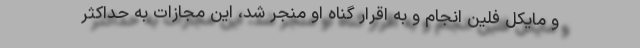
و مایکل فلین انجام و به اقرار گناه او منجر شد، این مجازات به حداکثر